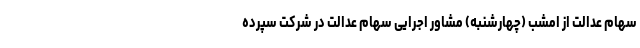
سهام عدالت از امشب (چهارشنبه) مشاور اجرایی سهام عدالت در شرکت سپرده